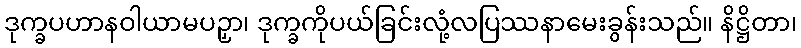
ဒုက္ခပဟာနဝါယာမပဉှာ၊ ဒုက္ခကိုပယ်ခြင်းလုံ့လပြဿနာမေးခွန်းသည်။ နိဋ္ဌိတာ၊